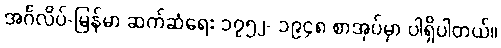
အင်္ဂလိပ်-မြန်မာ ဆက်ဆံရေး ၁၇၅၂- ၁၉၄၈ စာအုပ်မှာ ပါရှိပါတယ်။